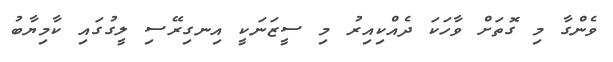
ވެންގާ މި ގޮތަށް ވާހަކަ ދެއްކިއިރު މި ސީޒަނަކީ އިނގިރޭސި ލީގުގައި ކާމިޔާބު